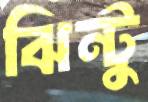
ঝিন্টু